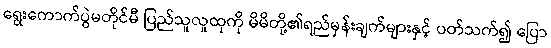
ရွေးကောက်ပွဲမတိုင်မီ ပြည်သူလူထုကို မိမိတို့၏ရည်မှန်းချက်များနှင့် ပတ်သက်၍ ပြော